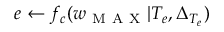
e \gets f _ { c } ( w _ { \mathrm { ~ M ~ A ~ X ~ } } | T _ { e } , \Delta _ { T _ { e } } )